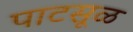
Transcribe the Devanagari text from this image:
पाटसूळ